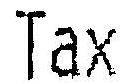
TAX